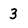
Character: 3